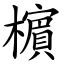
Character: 㯽